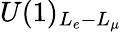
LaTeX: U(1)_{L_{e}-L_{\mu}}